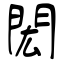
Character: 閎